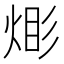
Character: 𪸹